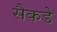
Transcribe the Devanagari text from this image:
सैकडे